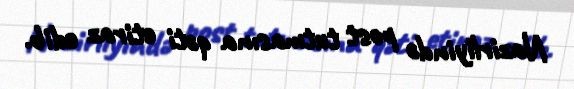
Nazirliyində post tutmasına qəti etiraz edib.